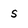
Character: s